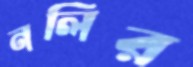
নলির